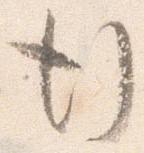
行